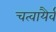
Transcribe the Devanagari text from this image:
चत्वायैर्व